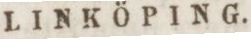
LINKÖPING.